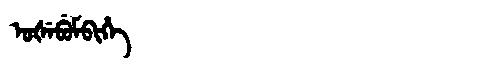
Manchu: ᡠᡧᡝᠪᡠᠮᠪᡳᡥᡝ
Romanization: UŠEBUMBIHE